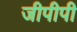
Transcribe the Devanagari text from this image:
जीपीपी